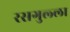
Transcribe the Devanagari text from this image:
रसगुल्‍ला